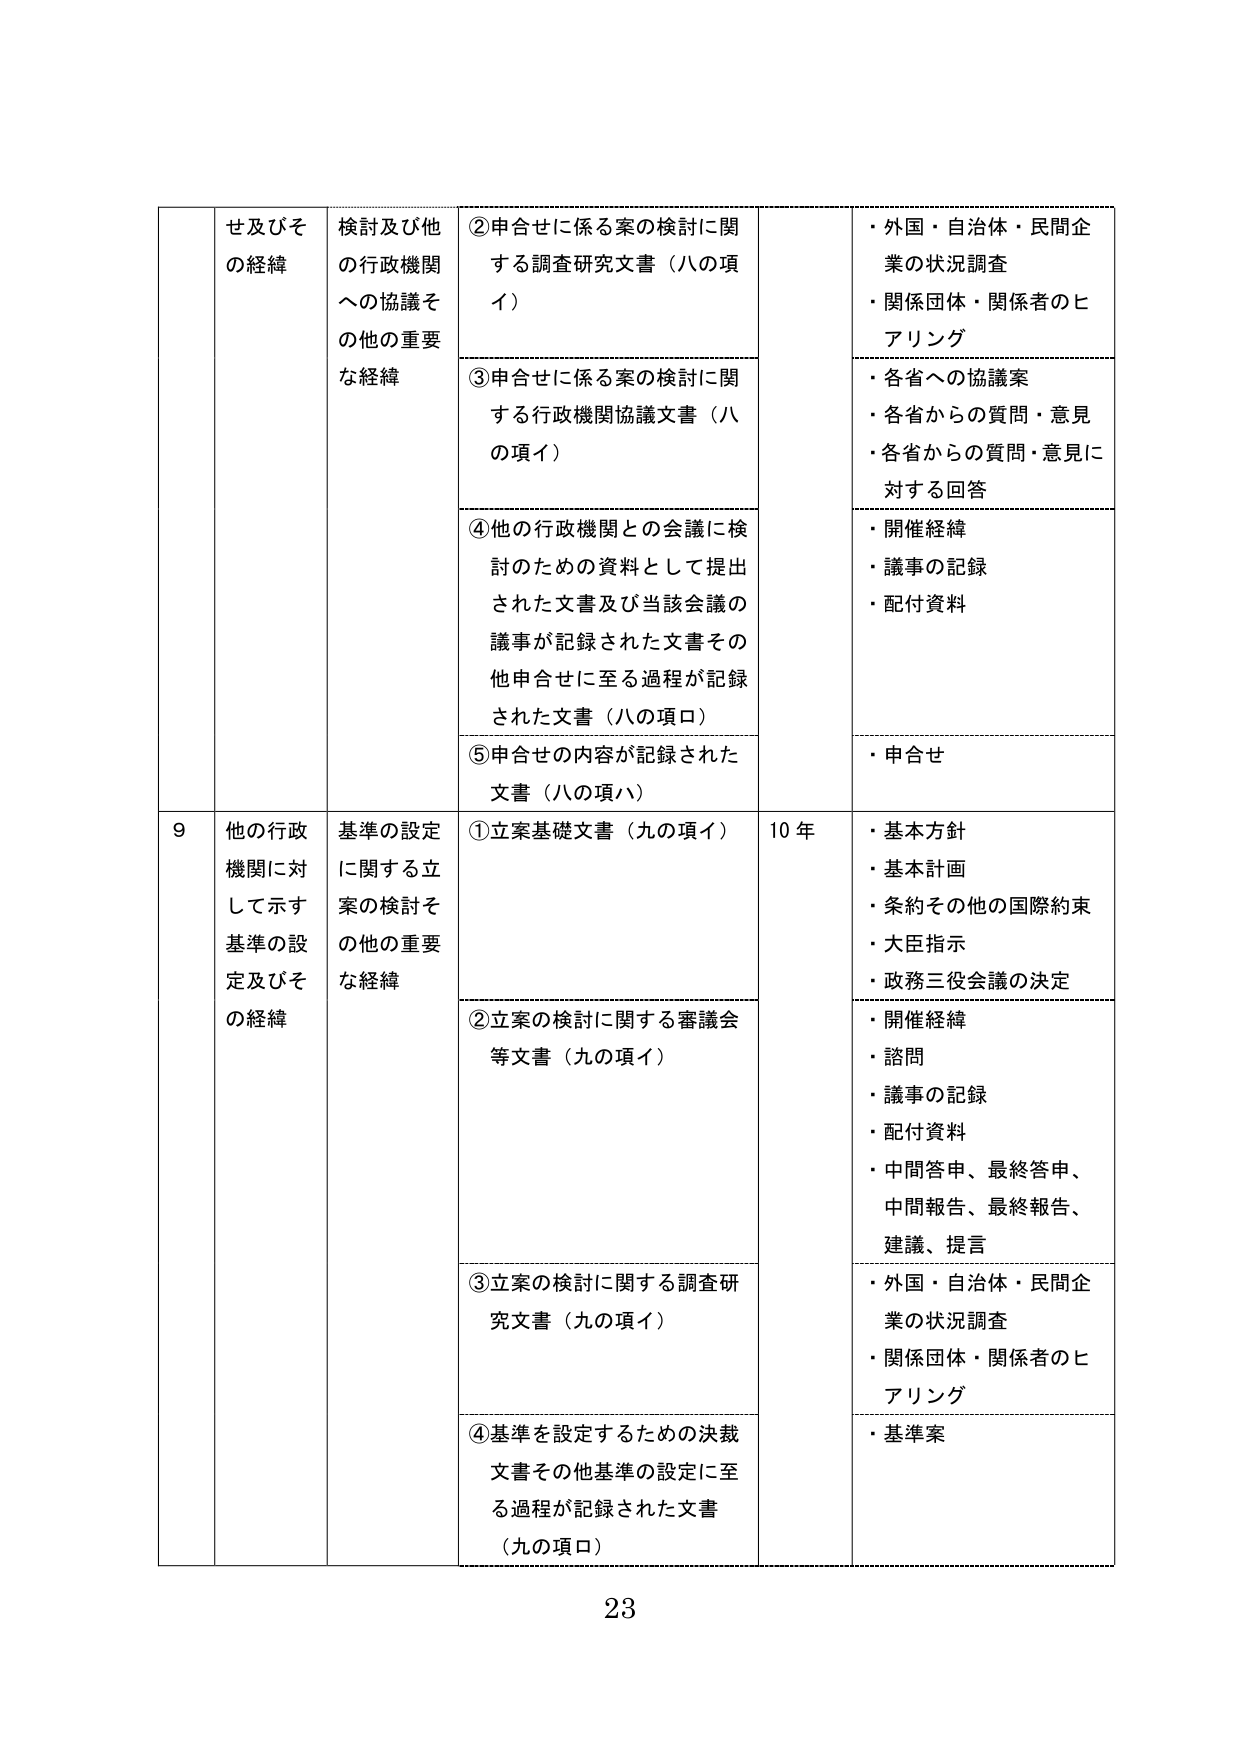
せ及びその経緯
検討及び他の行政機関への協議その他の重要な経緯
②申合せに係る案の検討に関する調査研究文書（八の項イ）
・外国・自治体・民間企業の状況調査
・関係団体・関係者のヒアリング
③申合せに係る案の検討に関する行政機関協議文書（八の項イ）
・各省への協議案
・各省からの質問・意見
・各省からの質問・意見に対する回答
④他の行政機関との会議に検討のための資料として提出された文書及び当該会議の議事が記録された文書その他申合せに至る過程が記録された文書（八の項口）
・開催経緯
・議事の記録
・配付資料
⑤申合せの内容が記録された文書（八の項ハ）
・申合せ

9 他の行政機関に対して示す基準の設定及びその経緯
基準の設定に関する立案の検討その他の重要な経緯
①立案基礎文書（九の項イ）
10 年
・基本方針
・基本計画
・条約その他の国際約束
・大臣指示
・政務三役会議の決定
②立案の検討に関する審議会等文書（九の項イ）
・開催経緯
・諮問
・議事の記録
・配付資料
・中間答申、最終答申、中間報告、最終報告、建議、提言
③立案の検討に関する調査研究文書（九の項イ）
・外国・自治体・民間企業の状況調査
・関係団体・関係者のヒアリング
④基準を設定するための決裁文書その他基準の設定に至る過程が記録された文書（九の項口）
・基準案

23